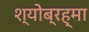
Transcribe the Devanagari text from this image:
श्योब्रह्मा